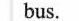
bus.